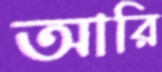
আরি